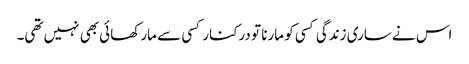
اس نے ساری زندگی کسی کو مارنا تو درکنار کسی سے مار کھائی بھی نہیں تھی۔